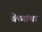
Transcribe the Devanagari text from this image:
वेच्यांचा